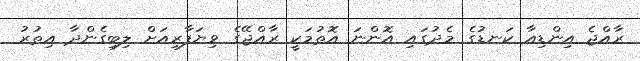
ރާއްޖެ އިންޑިއާ ކަނޑުގެ މެދުގައި އޮންނަ އޮތުމަކީ ރާއްޖޭގެ ވިޔަފާރިއަށް ލިބިގެންދާ އިތުރު